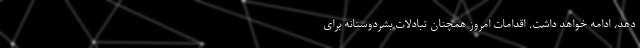
دهد، ادامه خواهد داشت. اقدامات امروز همچنان تبادلات بشردوستانه برای